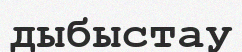
дыбыстау